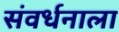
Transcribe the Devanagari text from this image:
संवर्धनाला